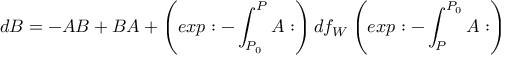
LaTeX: d B = - A B + B A + \left( e x p : - \int _ { P _ { 0 } } ^ { P } A : \right) d f _ { W } \left( e x p : - \int _ { P } ^ { P _ { 0 } } A : \right)